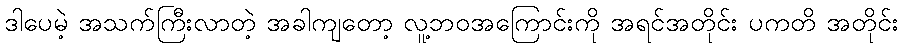
ဒါပေမဲ့ အသက်ကြီးလာတဲ့ အခါကျတော့ လူ့ဘဝအကြောင်းကို အရင်အတိုင်း ပကတိ အတိုင်း